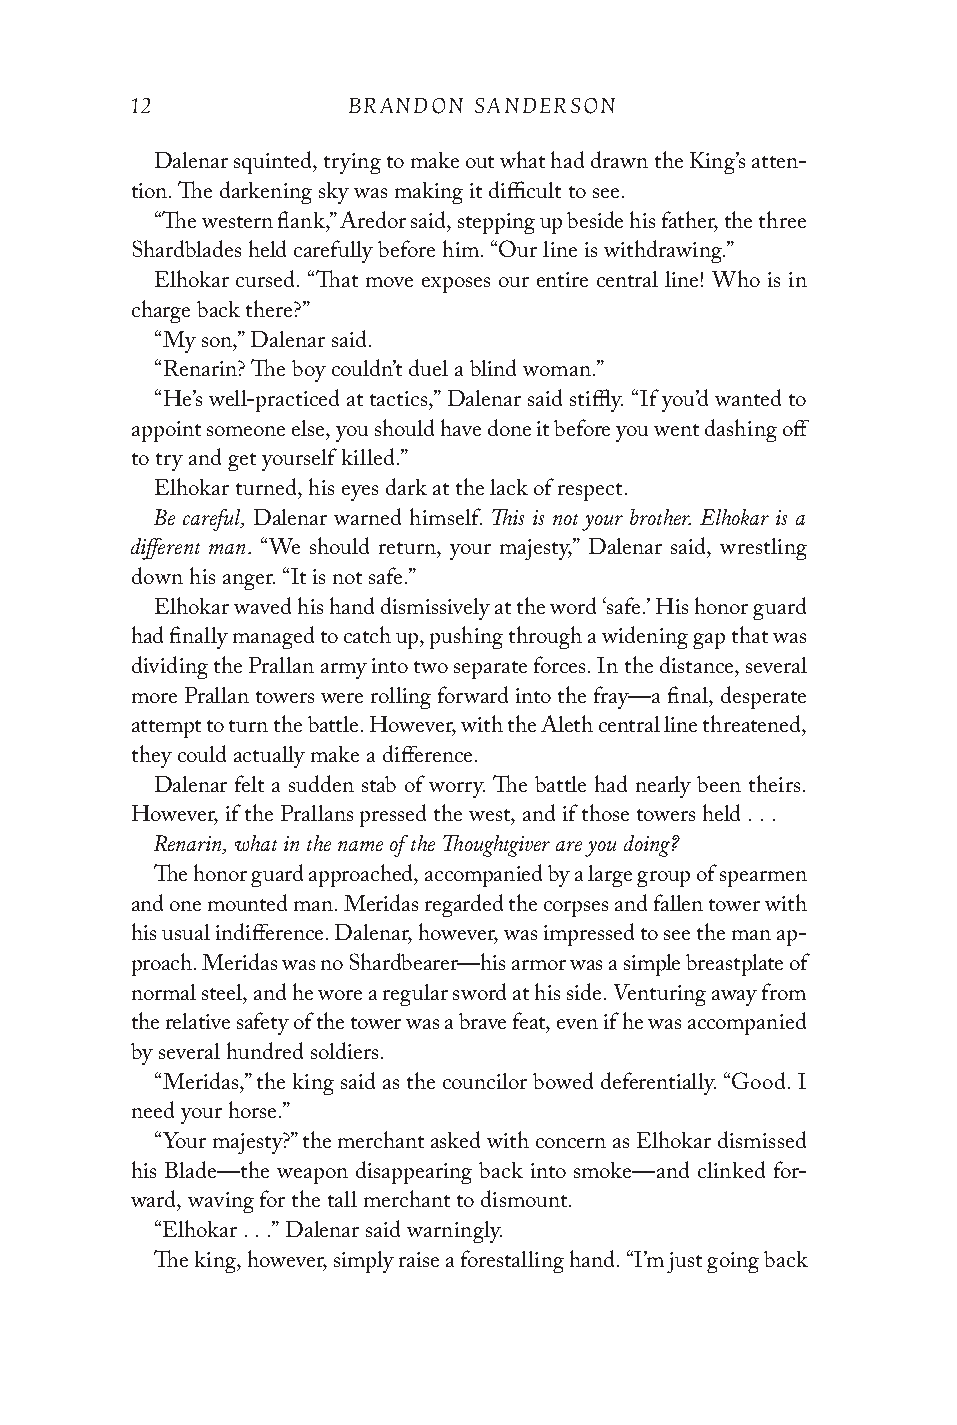
12            BRANDON SANDERSON
 Dalenar squinted, trying to make out what had drawn the King’s atten-
 tion. The darkening sky was making it difficult to see.
 “The western flank,” Aredor said, stepping up beside his father, the three
 Shardblades held carefully before him. “Our line is withdrawing.”
 Elhokar cursed. “That move exposes our entire central line! Who is in
 charge back there?”
 “My son,” Dalenar said.
 “Renarin? The boy couldn’t duel a blind woman.”
 “He’s well-practiced at tactics,” Dalenar said stiffly. “If you’d wanted to
 appoint someone else, you should have done it before you went dashing off
 to try and get yourself killed.”
 Elhokar turned, his eyes dark at the lack of respect.
 Be careful,           This is not your brother. Elhokar is a
 Dalenar warned himself.
 different man.
 “We should return, your majesty,” Dalenar said, wrestling
 down his anger. “It is not safe.”
 Elhokar waved his hand dismissively at the word ‘safe.’ His honor guard
 had finally managed to catch up, pushing through a widening gap that was
 dividing the Prallan army into two separate forces. In the distance, several
 more Prallan towers were rolling forward into the fray—a final, desperate
 attempt to turn the battle. However, with the Aleth central line threatened,
 they could actually make a difference.
 Dalenar felt a sudden stab of worry. The battle had nearly been theirs.
 However, if the Prallans pressed the west, and if those towers held . . .
 Renarin, what in the name of the Thoughtgiver are you doing?
 The honor guard approached, accompanied by a large group of spearmen
 and one mounted man. Meridas regarded the corpses and fallen tower with
 his usual indifference. Dalenar, however, was impressed to see the man ap-
 proach. Meridas was no Shardbearer—his armor was a simple breastplate of
 normal steel, and he wore a regular sword at his side. Venturing away from
 the relative safety of the tower was a brave feat, even if he was accompanied
 by several hundred soldiers.
 “Meridas,” the king said as the councilor bowed deferentially. “Good. I
 need your horse.”
 “Your majesty?” the merchant asked with concern as Elhokar dismissed
 his Blade—the weapon disappearing back into smoke—and clinked for-
 ward, waving for the tall merchant to dismount.
 “Elhokar . . .” Dalenar said warningly.
 The king, however, simply raise a forestalling hand. “I’m just going back